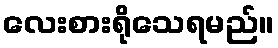
လေးစားရိုသေရမည်။